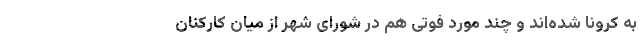
به کرونا شده‌اند و چند مورد فوتی‌ هم در شورای شهر از میان کارکنان